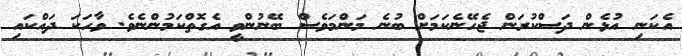
އެކަނި އުޅެން ދަސްކުރަން ޖެހޭނެކަމަށް ބުނެ މަންމަވެސް ބޭނުންވީ އެގޮތްކަމުންނެވެ. ވާހަކަ ދައްކައި